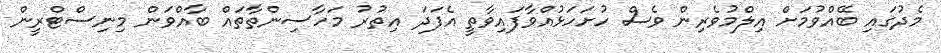
މެދުގައި ބޭއްވުމަށް އިލްމުވެރިން ވެސް ހުށަހަޅުއްވާފައިވާތީ އެފަދަ އިތުރު މަހާސިންތާތައް ބާއްވަން މިނިސްޓްރީން